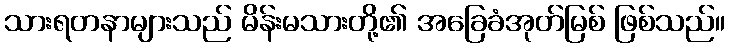
သားရတနာများသည် မိန်းမသားတို့၏ အခြေခံအုတ်မြစ် ဖြစ်သည်။